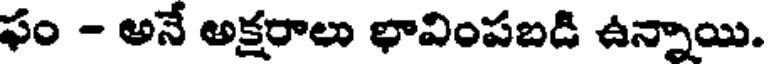
ఫం - అనే అక్షరాలు భావింపబడి ఉన్నాయి.